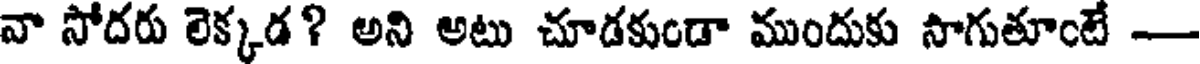
వా సోదరు లెక్కడ? అని అటు చూడకుండా ముందుకు సాగుతూంటే -